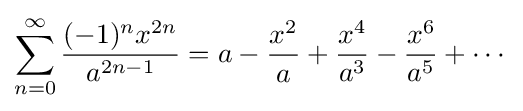
\sum _{n=0}^{\infty }{\frac {(-1)^{n}x^{2n}}{a^{2n-1}}}=a-{\frac {x^{2}}{a{\vphantom {a^{3}}}}}+{\frac {x^{4}}{a^{3}}}-{\frac {x^{6}}{a^{5}}}+\cdots